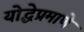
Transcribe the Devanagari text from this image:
योद्धेप्रमाणे